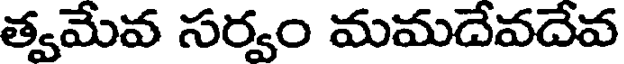
త్వమేవ సర్వం మమదేవదేవ